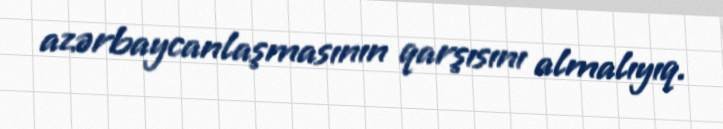
azərbaycanlaşmasının qarşısını almalıyıq.